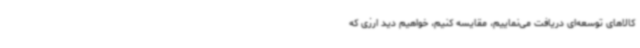
کالاهای توسعه‌ای دریافت می‌نماییم، مقایسه کنیم، خواهیم دید ارزی که